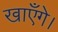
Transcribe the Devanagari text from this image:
खाएँगे।